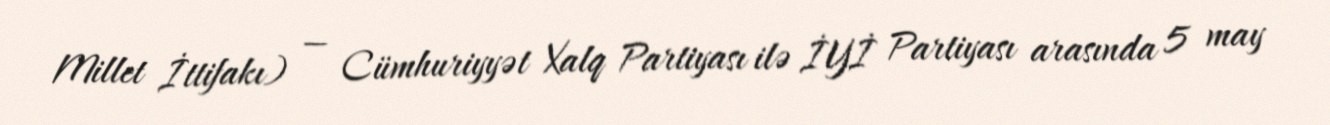
Millet İttifakı) — Cümhuriyyət Xalq Partiyası ilə İYİ Partiyası arasında 5 may